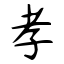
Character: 孝